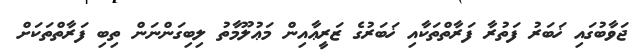
ޖަވާބުގައި ޚަބަރު ފަތުރާ ފަރާތްތަކާއި ޚަބަރުގެ ޒަރީޢާއިން މަޢުލޫމާތު ލިބިގަންނަން ތިބި ފަރާތްތަކަށް